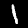
Label: 1